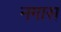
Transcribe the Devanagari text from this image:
नगास